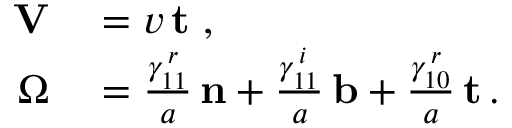
\begin{array} { r l } { \mathbf { V } } & { { } = v \, { \bf t } \ , } \\ { { \boldsymbol \Omega } } & { { } = \frac { \gamma _ { 1 1 } ^ { \, r } } { a } \, { \bf n } + \frac { \gamma _ { 1 1 } ^ { \, i } } { a } \, { \bf b } + \frac { \gamma _ { 1 0 } ^ { \, r } } { a } \, { \bf t } \, . } \end{array}